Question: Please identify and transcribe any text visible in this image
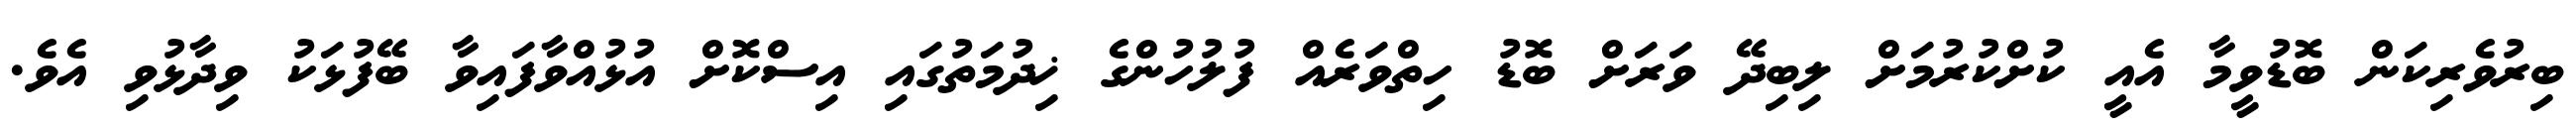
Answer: ބިރުވެރިކަން ބޮޑުވީމާ އެއީ ކުށްކުރުމަށް ލިބިދޭ ވަރަށް ބޮޑު ހިތްވަރެއް ފުލުހުންގެ ޚިދުމަތުގައި އިސްކޮށް އުޅުއްވާފައިވާ ބޭފުޅަކު ވިދާޅުވި އެވެ.